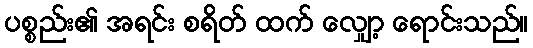
ပစ္စည်း၏ အရင်း စရိတ် ထက် လျှော့ ရောင်းသည်။